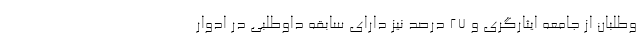
وطلبان از جامعه ایثارگری و ۲۷ درصد نیز دارای سابقه داوطلبی در ادوار